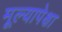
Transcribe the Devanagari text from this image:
मूल्यापेक्षा